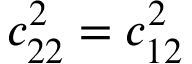
c _ { 2 2 } ^ { 2 } = c _ { 1 2 } ^ { 2 }